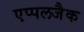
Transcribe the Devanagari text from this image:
एप्पलजैक